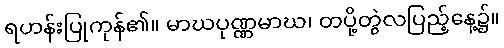
ရဟန်းပြုကုန်၏။ မာဃပုဏ္ဏမာဃ၊ တပို့တွဲလပြည့်နေ့၌။